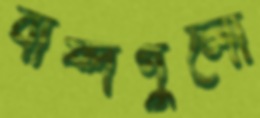
বাষ্পগুলো